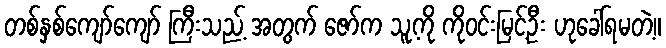
တစ်နှစ်ကျော်ကျော် ကြီးသည့် အတွက် ဇော်က သူ့ကို ကိုဝင်းမြင့်ဦး ဟုခေါ်ရမတဲ့။